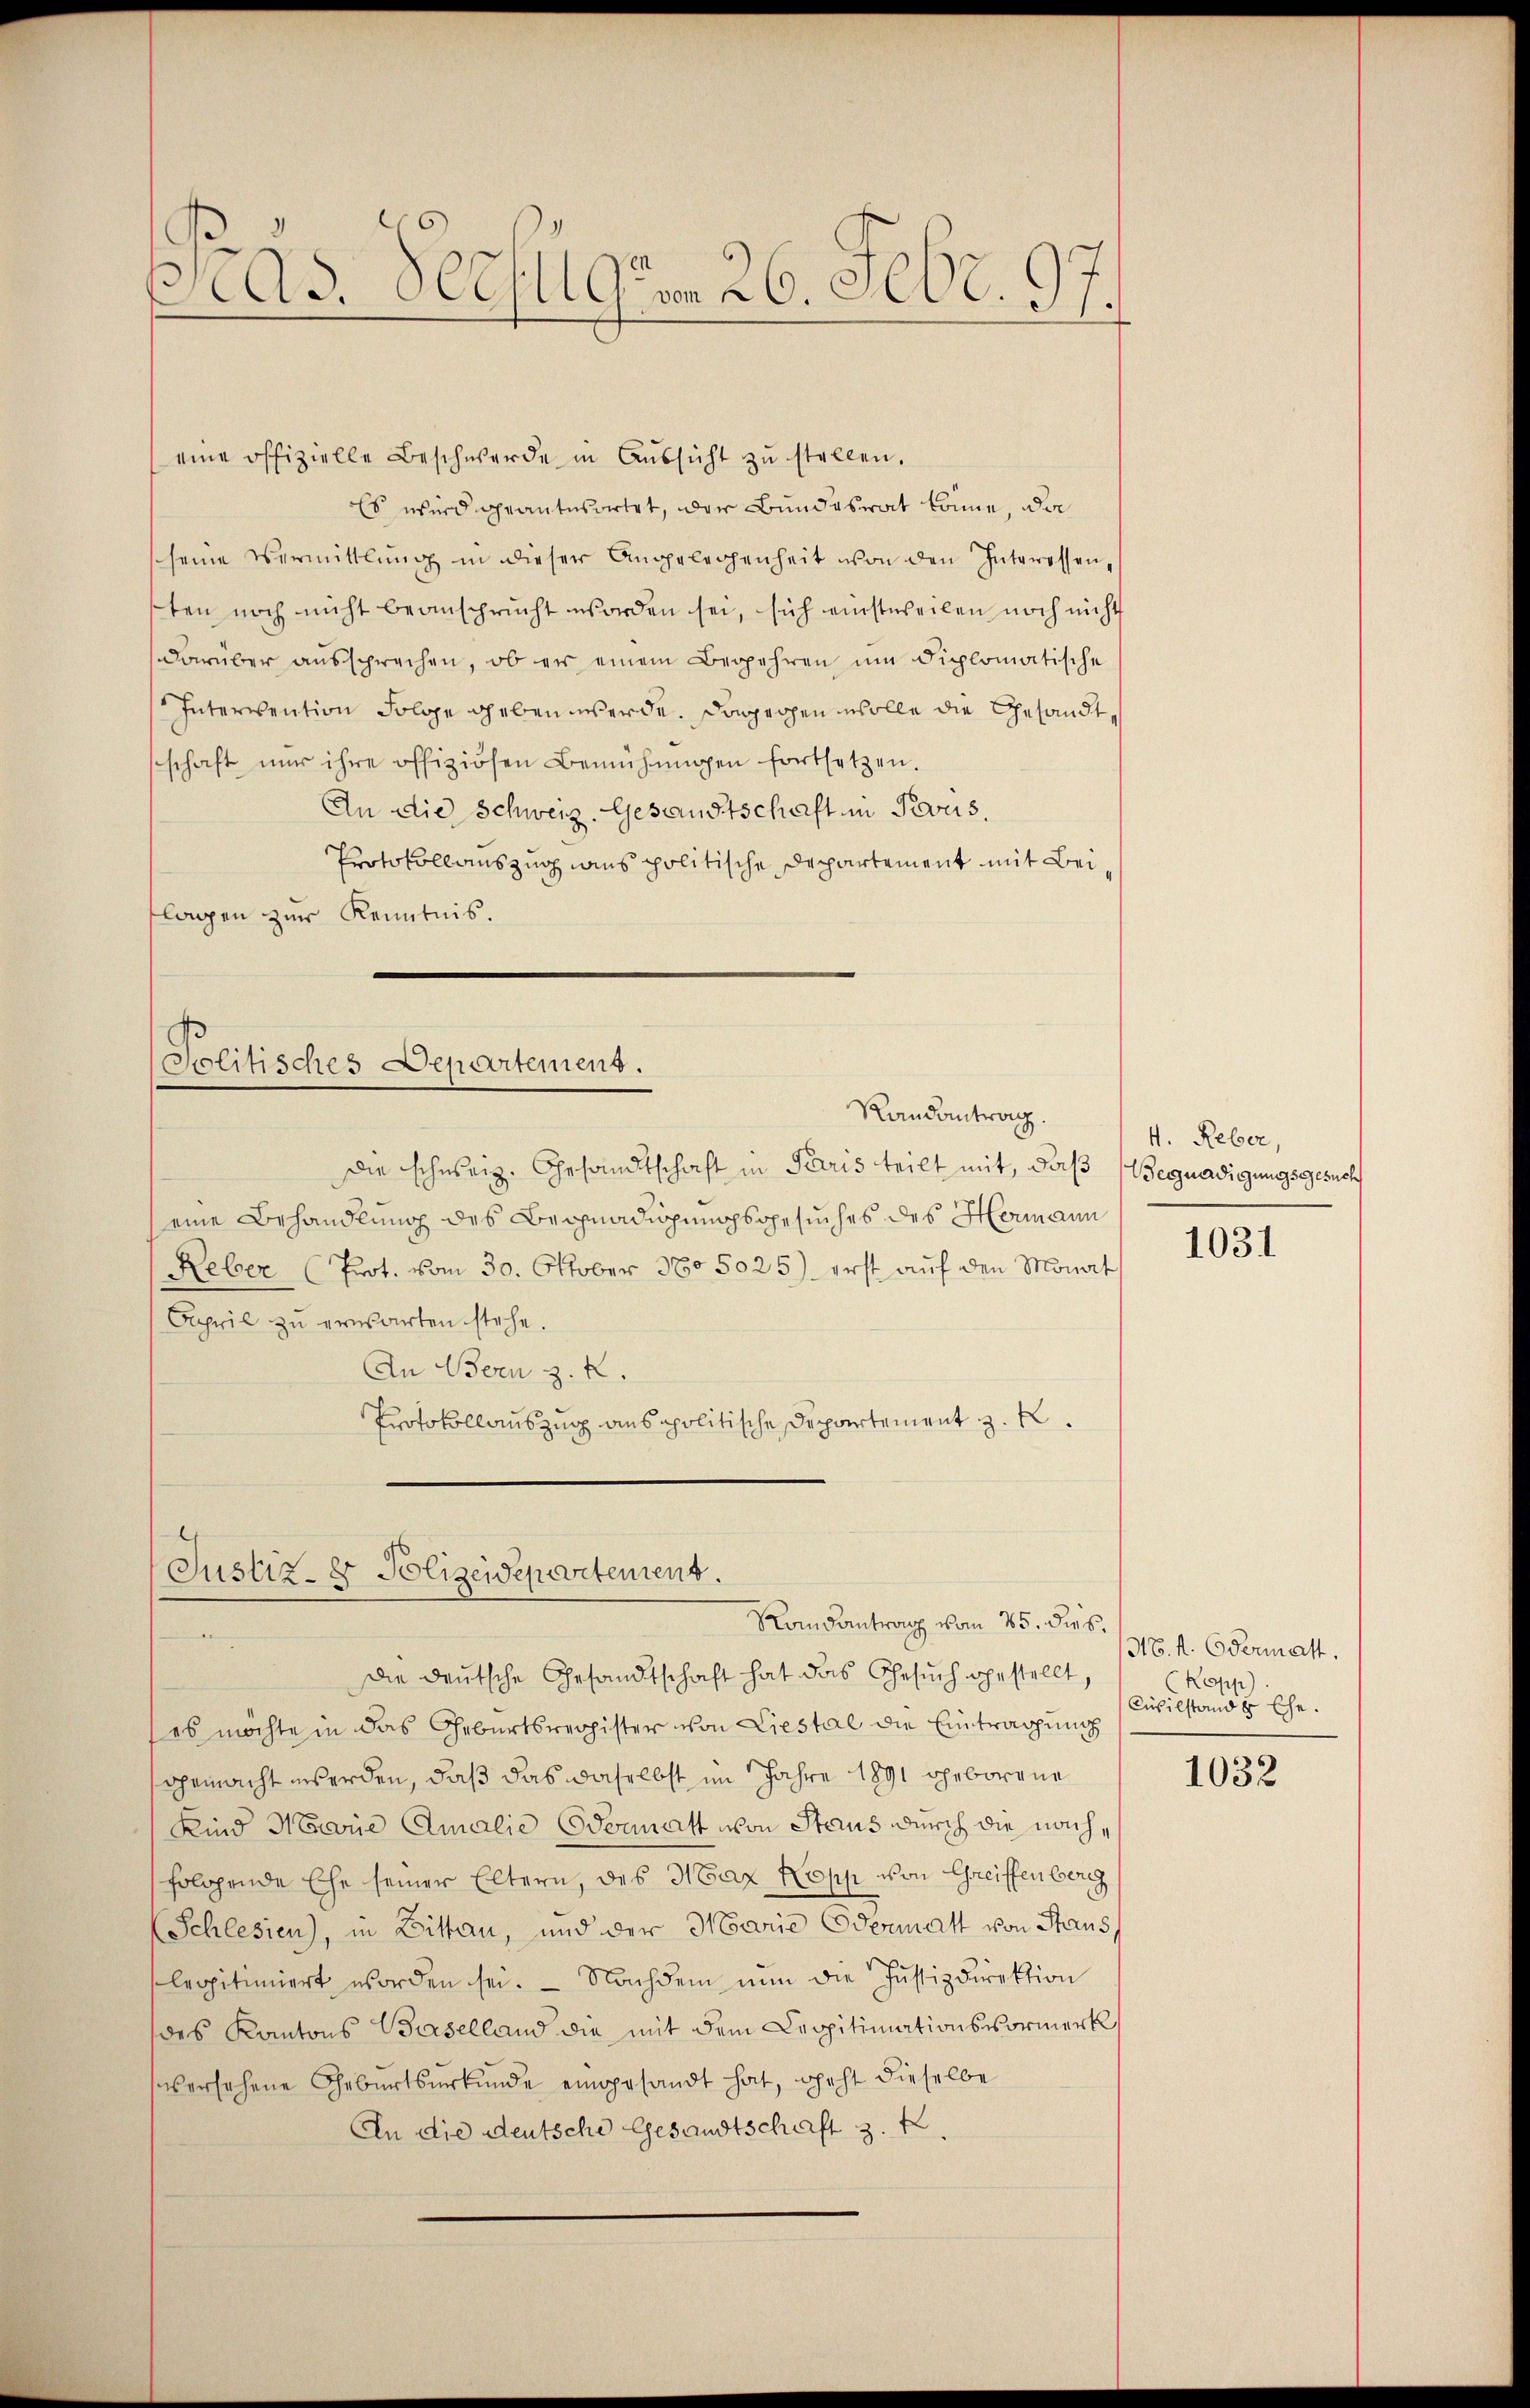
eine offizielle Beschwerde in Aŭssicht zŭ stellen.
Es wird geantwortet, der Bundesrat könne, da
seine Vermittlung in dieser Angelegenheit von den Interessen,
sten noch nicht beansprucht worden sei, sich einstweilen noch nicht
darüber aŭssprechen, ob er einem Begehren ŭm diplomatische
Intervention Folge geben werde. Donfrohen wolle die Gesandtschaft nŭr ihre offiziösen Bemühŭngen fortsetzen.
An die Schweiz. Gesandtschaft in Prus.
Protokollauszug aus politische Departement mit Beiflagen zur Kenntnis.

Pras. Schulgen 26. Febr. 197.

Die schweiz. Gesandtschaft in Paris teilt mit, daß Begnadigungsgesuch
(eine Behandlung des Begnadigungsgesuches des Hermann
Reber (Prot. vom 30. Oktober 1805025) erst auf den Monat
April zŭ ernsarten stehe.
An Bern z. R.
Protokollauszug aus politische Departement z.

Solitisches Departemens.
Randantrag.

Justiz- & Polizeidepartement.
Romsantrag vom 25. dies
d

Die Deutsche Gesandtschaft hat das Gesuch gestellt,
es möchte in das Geburtsregister von Liestal die Eintragung
gemacht werden, daß das daselbst im Jahre 1891 geborene
Kind Marie Amalie Edenmatt von Staus durch die nachfolgende Ehe seiner Eltern, des Max Kopp von Greiffenberg
(Schlesien), in Bitten, und der Marie Odermatt von Staus
legitimiert worden sei. Nachdem nun die Justizdirektion
des Kantons Baselland die mit dem Leppitimationsvormerk
versehene Geburtsurkunde eingesandt hat, geht dieselbe
An die deutsche Gesandtschaft 3. 4.

4. Reber,

1031

N. N. Odermatt.
Kopp
Civilstande Ehe.

1032